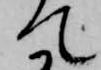
て